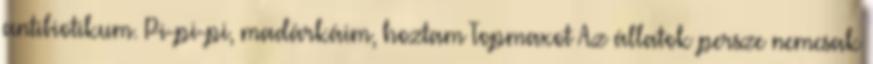
antibiotikum. Pi-pi-pi, madárkáim, hoztam Topmaxot Az állatok persze nemcsak